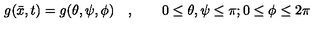
g ( \bar { x } , t ) = g ( \theta , \psi , \phi ) \quad , \qquad 0 \leq \theta , \psi \leq \pi ; 0 \leq \phi \leq 2 \pi